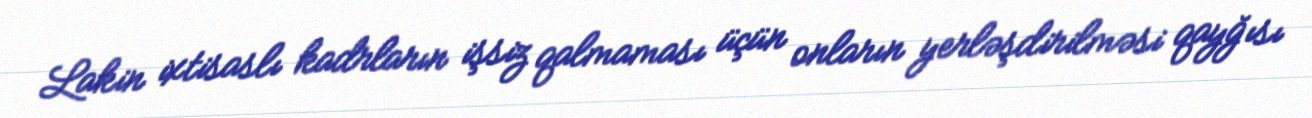
Lakin ixtisaslı kadrların işsiz qalmaması üçün onların yerləşdirilməsi qayğısı